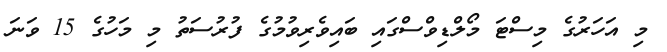
މި އަހަރުގެ މިސްޓަ މޯލްޑިވްސްގައި ބައިވެރިވުމުގެ ފުރުސަތު މި މަހުގެ 15 ވަނަ